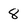
Character: 8